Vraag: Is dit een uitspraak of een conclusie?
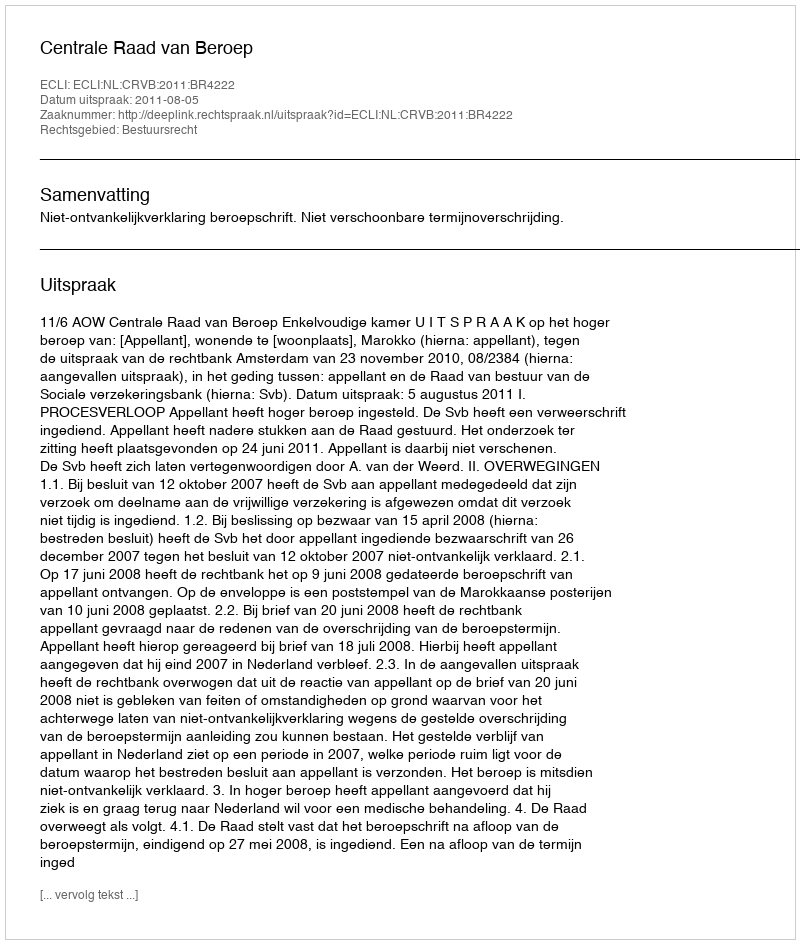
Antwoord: Uitspraak